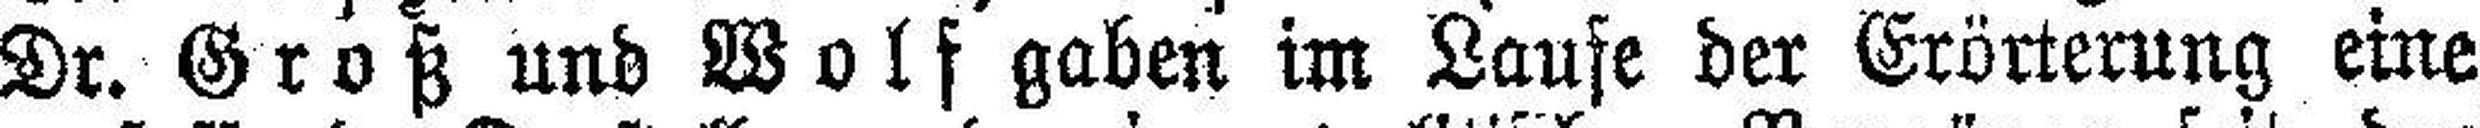
Dr. Groß und Wolf gaben im Laufe der Erörterung eine